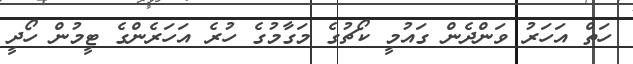
ހަތް އަހަރު ވަންދެން ގައުމީ ކޯޗުގެ މަގާމުގެ ހުރެ އަހަރެންގެ ޓީމުން ހޯދީ